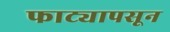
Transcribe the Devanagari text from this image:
फाट्यापसून